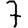
Digit: 7